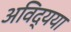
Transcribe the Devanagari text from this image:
अविद्यया